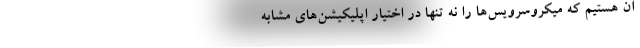
آن هستیم که میکروسرویس‌ها را نه تنها در اختیار اپلیکیشن‌های مشابه